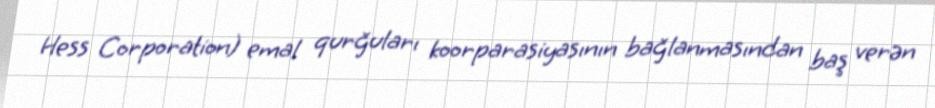
Hess Corporation) emal qurğuları koorparasiyasının bağlanmasından baş verən